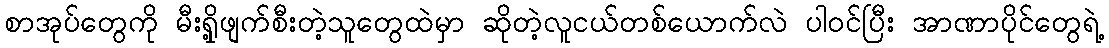
စာအုပ်တွေကို မီးရှို့ဖျက်စီးတဲ့သူတွေထဲမှာ ဆိုတဲ့လူငယ်တစ်ယောက်လဲ ပါဝင်ပြီး အာဏာပိုင်တွေရဲ့